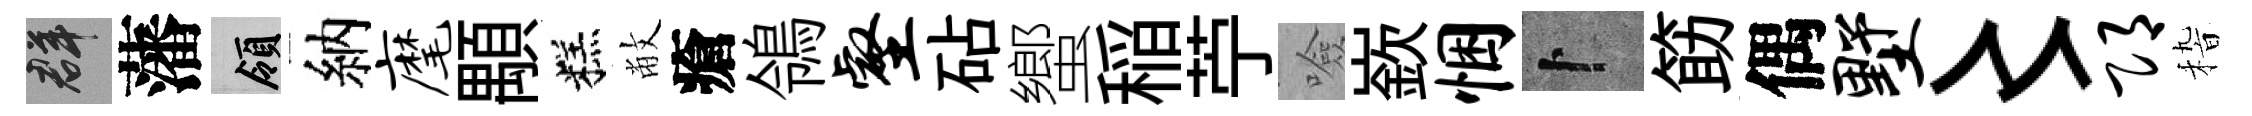
群藩領納麾顒糕敝瘡鴒壑砧蠁稲苧噞嶔悃卜筯偶墅〻邛𥟵